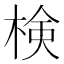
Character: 検